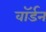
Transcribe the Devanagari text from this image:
वॉर्डन